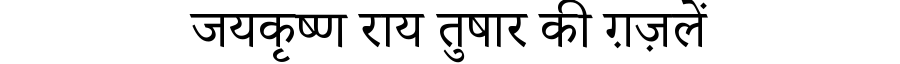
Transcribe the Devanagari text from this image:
जयकृष्ण राय तुषार की ग़ज़लें